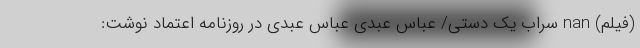
(فیلم) nan سراب یک ‌دستی/ عباس عبدی عباس عبدی در روزنامه اعتماد نوشت: